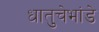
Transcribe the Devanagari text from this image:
धातुचेभांडे